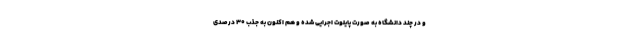
و در چند دانشگاه به صورت پایلوت اجرایی شده و هم اکنون به جذب ۳۰ درصدی